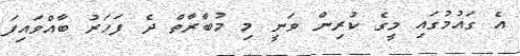
އެ ގައުމުގައި މީގެ ކުރިން ވަނީ މި މުބާރާތް ދެ ފަހަރު ބާއްވައިފަ